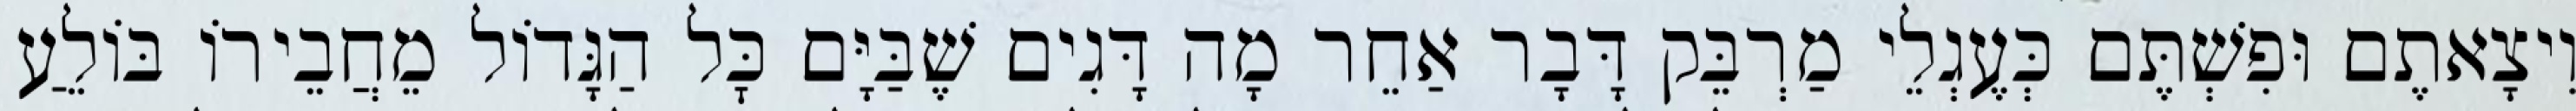
וִיצָאתֶם וּפִשְׁתֶּם כְּעֶגְלֵי מַרְבֵּק דָּבָר אַחֵר מָה דָּגִים שֶׁבַּיָּם כׇּל הַגָּדוֹל מֵחֲבֵירוֹ בּוֹלֵעַ